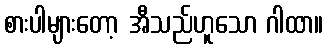
စားပါများတော့ အီသည်ဟူသော ဂါထာ။